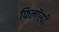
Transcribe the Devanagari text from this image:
फिलॉस्पी